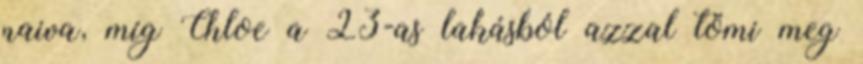
naiva, míg Chloe a 23-as lakásból azzal tömi meg